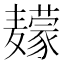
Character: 𱋮